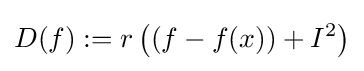
D(f):=r\left((f-f(x))+I^{2}\right)